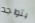
يتواجد